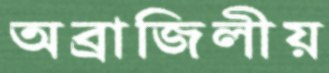
অব্রাজিলীয়